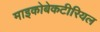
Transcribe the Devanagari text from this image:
माइकोबेकटीरियल